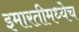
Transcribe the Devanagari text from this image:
इमारतीमध्येच